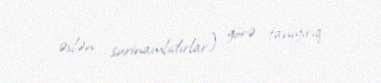
əslən surinamlıdırlar) görə tanıyırıq.